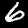
Label: 6